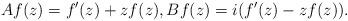
LaTeX: \begin{align*}Af(z)=f'(z)+zf(z),Bf(z)=i(f'(z)-zf(z)).\end{align*}